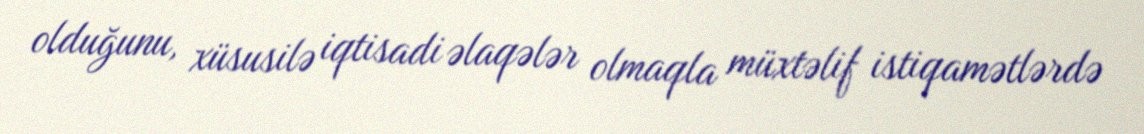
olduğunu, xüsusilə iqtisadi əlaqələr olmaqla müxtəlif istiqamətlərdə